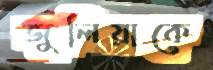
জুলিয়াকে